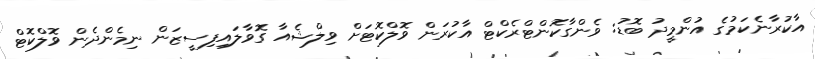
އާކުރާނެކަމުގެ އުންމީދު ބޮޑު: ވެންގާކޮންޓްރެކްޓް އާކުރަން ވޮލްކޮޓަށް ވިލްޝެއާ ގޮވާލައިފިސީޒަން ނިމެންދެން ވޮލްކޮޓް